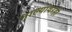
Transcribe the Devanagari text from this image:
नाल्यांवरही